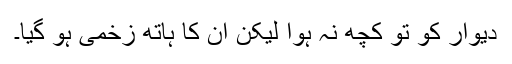
دیوار کو تو کچھ نہ ہوا لیکن ان کا ہاتھ زخمی ہو گیا۔